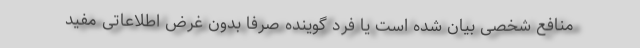
منافع شخصی بیان شده است یا فرد گوینده صرفا بدون غرض اطلاعاتی مفید